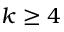
k \geq 4